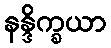
နန္ဒိက္ခယာ